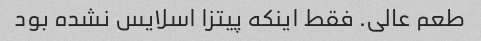
طعم عالی. فقط اینکه پیتزا اسلایس نشده بود